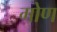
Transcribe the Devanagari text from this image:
गोण